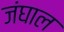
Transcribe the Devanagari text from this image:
जंघाल